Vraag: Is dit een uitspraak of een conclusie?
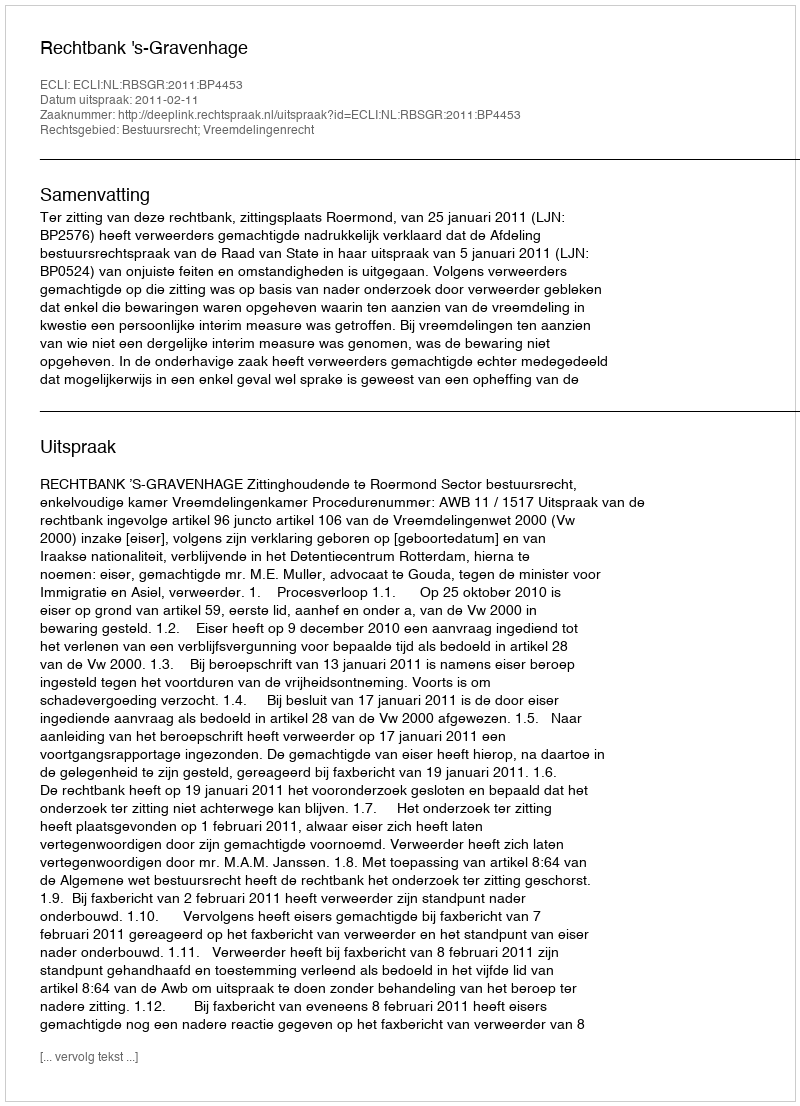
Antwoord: Uitspraak